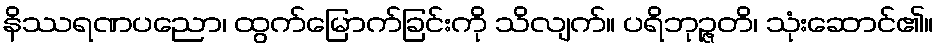
နိဿရဏပညော၊ ထွက်မြောက်ခြင်းကို သိလျက်။ ပရိဘုဉ္ဇတိ၊ သုံးဆောင်၏။